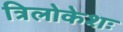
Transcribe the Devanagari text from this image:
त्रिलोकेशः